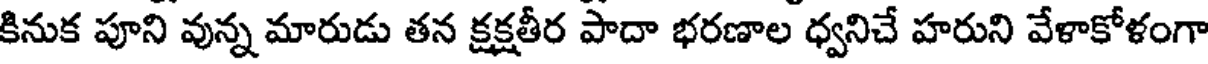
కినుక పూని వున్న మారుడు తన క్షక్షతీర పాదా భరణాల ధ్వనిచే హరుని వేళాకోళంగా